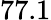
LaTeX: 77.1